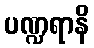
ပဏ္ဍရာနိ